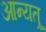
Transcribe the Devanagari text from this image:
आन्यत्र्